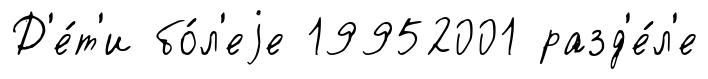
Д'е́т'и бо́л'еjе 19952001 разд'е́л'е